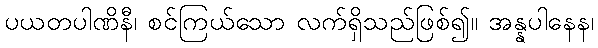
ပယတပါဏိနီ၊ စင်ကြယ်သော လက်ရှိသည်ဖြစ်၍။ အန္နပါနေန၊